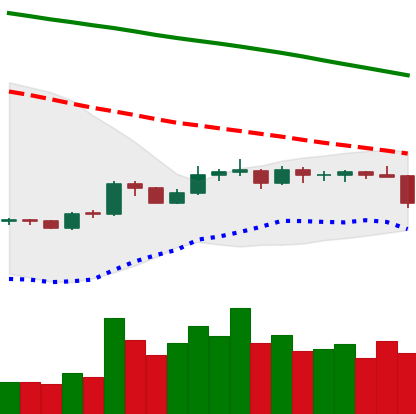
Ticker: BNB-USD
Chart end date: 2019-10-23
Forward return: 18.234%
Label: up_7plus